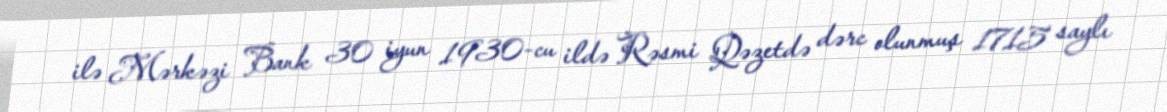
ilə Mərkəzi Bank 30 iyun 1930-cu ildə Rəsmi Qəzetdə dərc olunmuş 1715 saylı